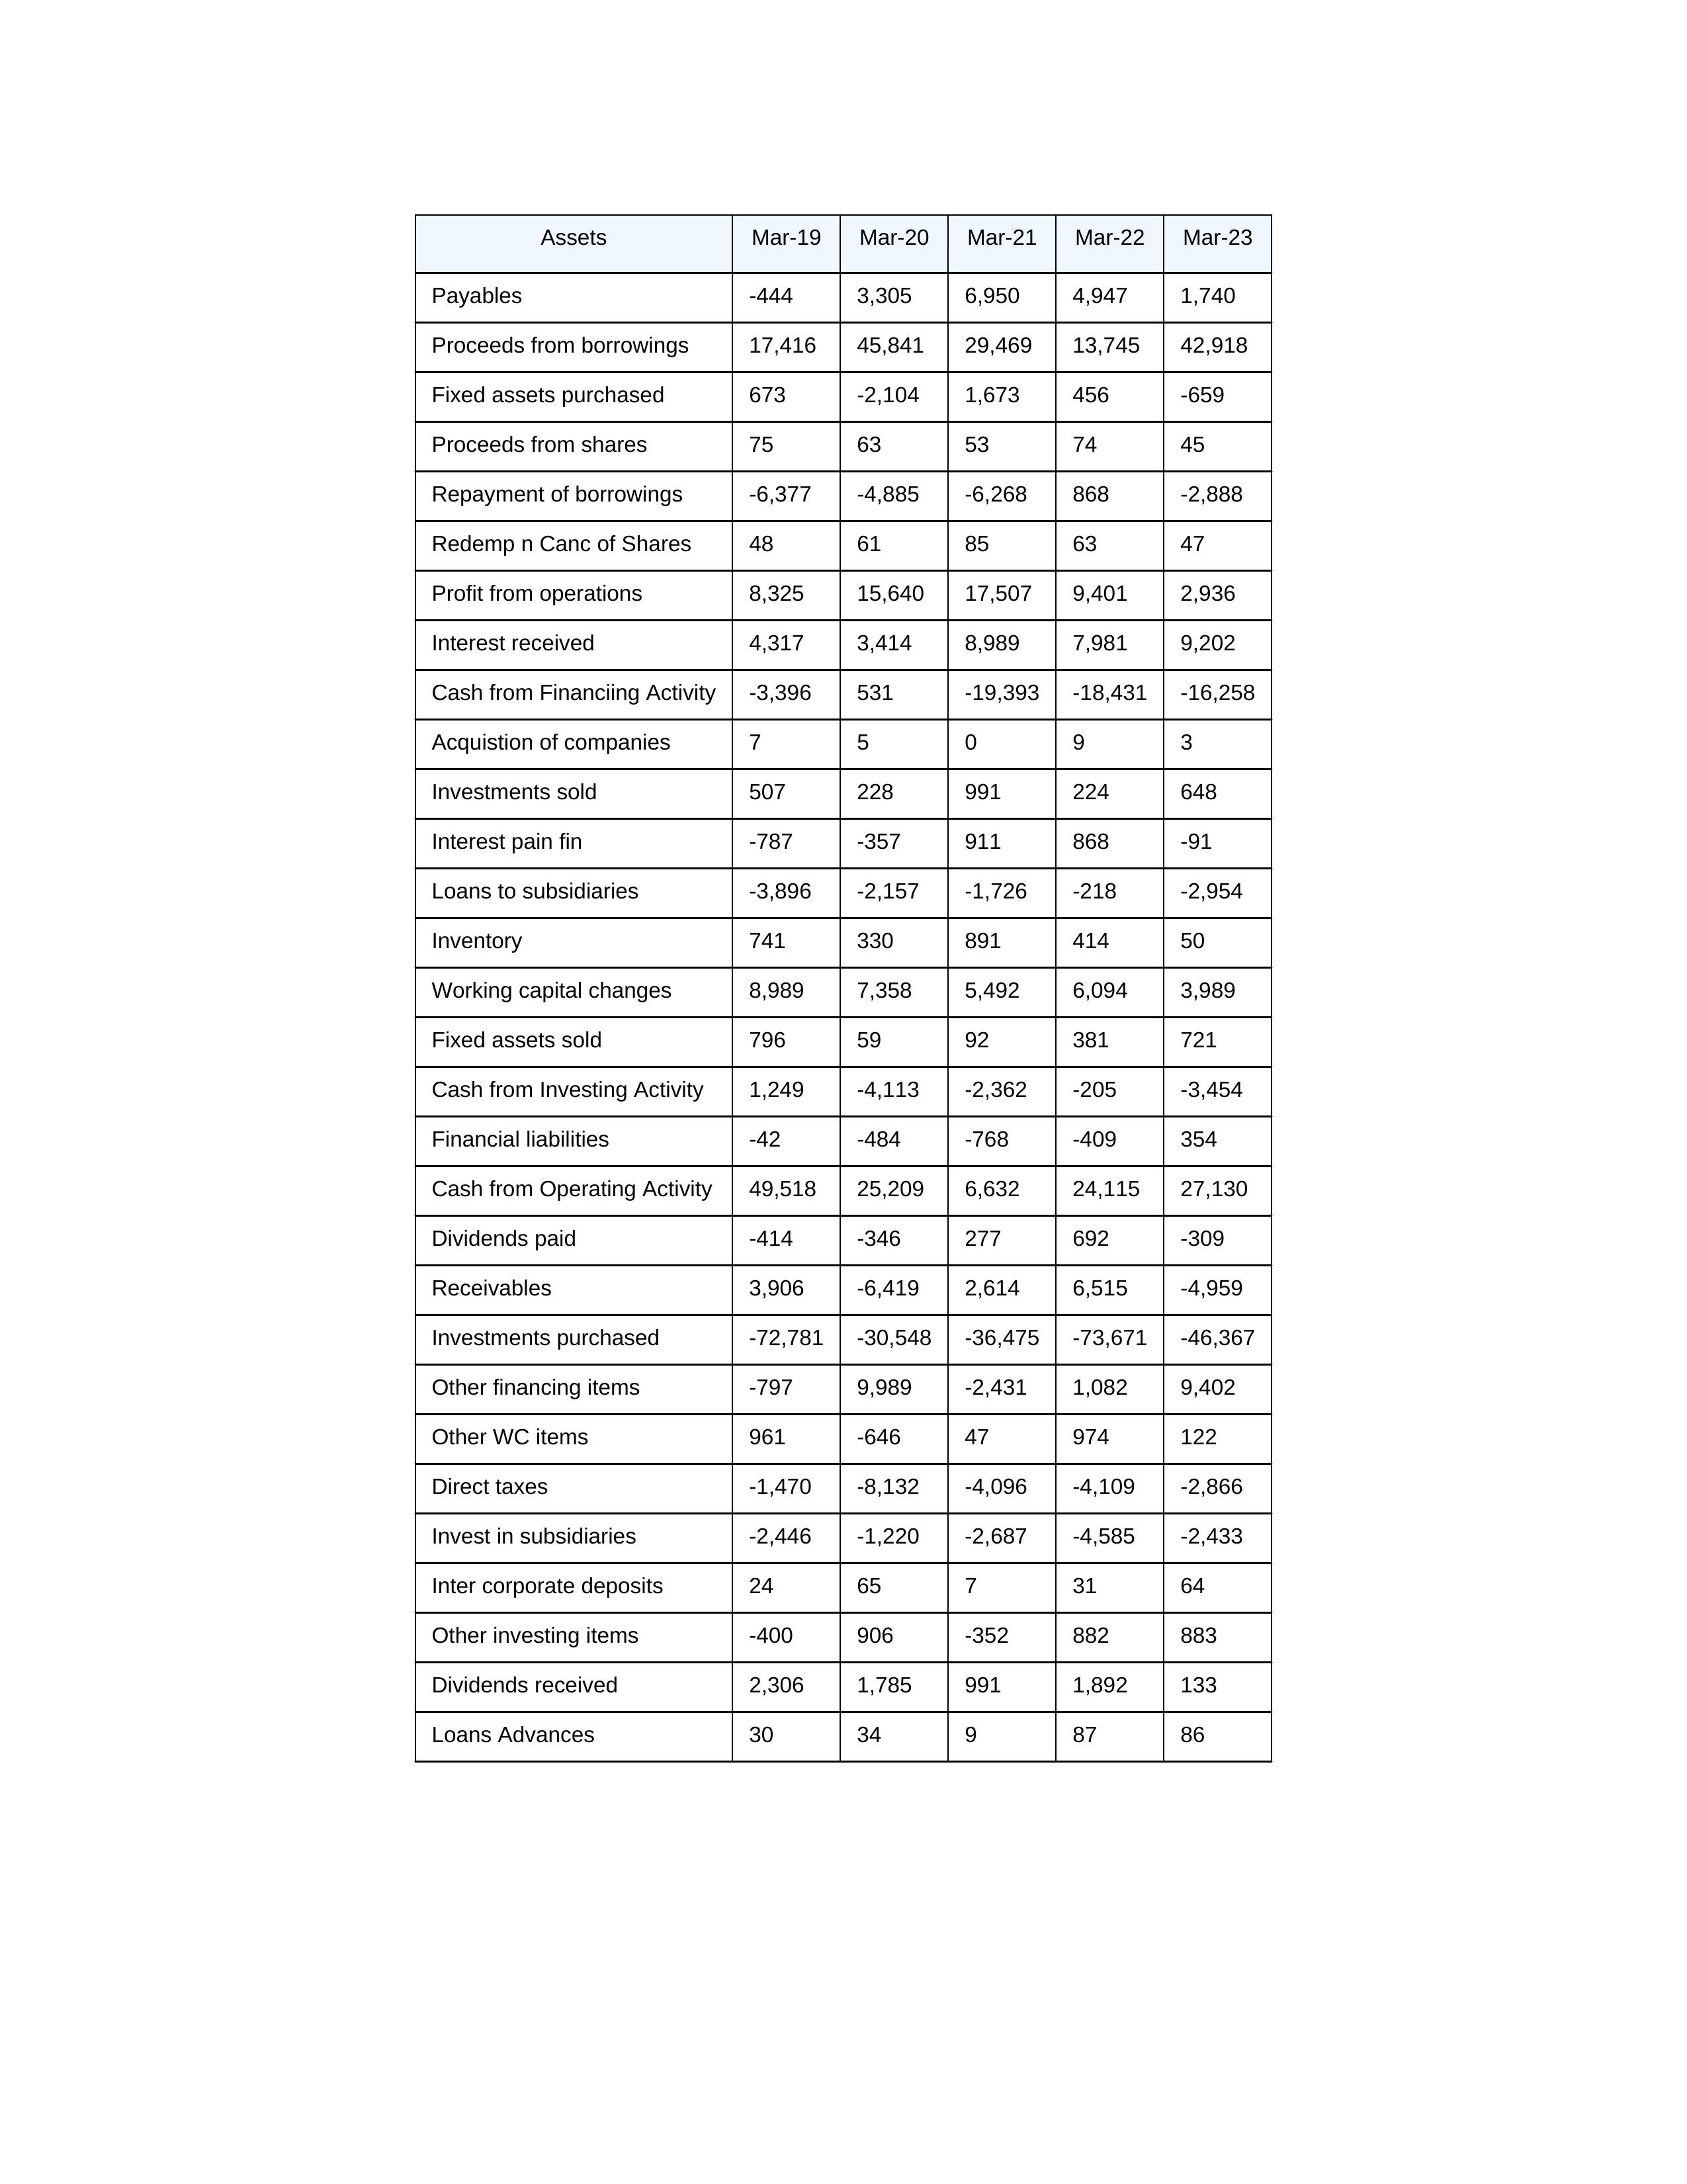
gt_parse: Mar-19: Cash from Operating Activity: 49,518
Profit from operations: 8,325
Receivables: 3,906
Inventory: 741
Payables: -444
Loans Advances: 30
Other WC items: 961
Working capital changes: 8,989
Direct taxes: -1,470
Cash from Investing Activity: 1,249
Fixed assets purchased: 673
Fixed assets sold: 796
Investments purchased: -72,781
Investments sold: 507
Interest received: 4,317
Dividends received: 2,306
Invest in subsidiaries: -2,446
Loans to subsidiaries: -3,896
Redemp n Canc of Shares: 48
Acquistion of companies: 7
Inter corporate deposits: 24
Other investing items: -400
Cash from Financiing Activity: -3,396
Proceeds from shares: 75
Proceeds from borrowings: 17,416
Repayment of borrowings: -6,377
Interest pain fin: -787
Dividends paid: -414
Financial liabilities: -42
Other financing items: -797
Mar-20: Cash from Operating Activity: 25,209
Profit from operations: 15,640
Receivables: -6,419
Inventory: 330
Payables: 3,305
Loans Advances: 34
Other WC items: -646
Working capital changes: 7,358
Direct taxes: -8,132
Cash from Investing Activity: -4,113
Fixed assets purchased: -2,104
Fixed assets sold: 59
Investments purchased: -30,548
Investments sold: 228
Interest received: 3,414
Dividends received: 1,785
Invest in subsidiaries: -1,220
Loans to subsidiaries: -2,157
Redemp n Canc of Shares: 61
Acquistion of companies: 5
Inter corporate deposits: 65
Other investing items: 906
Cash from Financiing Activity: 531
Proceeds from shares: 63
Proceeds from borrowings: 45,841
Repayment of borrowings: -4,885
Interest pain fin: -357
Dividends paid: -346
Financial liabilities: -484
Other financing items: 9,989
Mar-21: Cash from Operating Activity: 6,632
Profit from operations: 17,507
Receivables: 2,614
Inventory: 891
Payables: 6,950
Loans Advances: 9
Other WC items: 47
Working capital changes: 5,492
Direct taxes: -4,096
Cash from Investing Activity: -2,362
Fixed assets purchased: 1,673
Fixed assets sold: 92
Investments purchased: -36,475
Investments sold: 991
Interest received: 8,989
Dividends received: 991
Invest in subsidiaries: -2,687
Loans to subsidiaries: -1,726
Redemp n Canc of Shares: 85
Acquistion of companies: 0
Inter corporate deposits: 7
Other investing items: -352
Cash from Financiing Activity: -19,393
Proceeds from shares: 53
Proceeds from borrowings: 29,469
Repayment of borrowings: -6,268
Interest pain fin: 911
Dividends paid: 277
Financial liabilities: -768
Other financing items: -2,431
Mar-22: Cash from Operating Activity: 24,115
Profit from operations: 9,401
Receivables: 6,515
Inventory: 414
Payables: 4,947
Loans Advances: 87
Other WC items: 974
Working capital changes: 6,094
Direct taxes: -4,109
Cash from Investing Activity: -205
Fixed assets purchased: 456
Fixed assets sold: 381
Investments purchased: -73,671
Investments sold: 224
Interest received: 7,981
Dividends received: 1,892
Invest in subsidiaries: -4,585
Loans to subsidiaries: -218
Redemp n Canc of Shares: 63
Acquistion of companies: 9
Inter corporate deposits: 31
Other investing items: 882
Cash from Financiing Activity: -18,431
Proceeds from shares: 74
Proceeds from borrowings: 13,745
Repayment of borrowings: 868
Interest pain fin: 868
Dividends paid: 692
Financial liabilities: -409
Other financing items: 1,082
Mar-23: Cash from Operating Activity: 27,130
Profit from operations: 2,936
Receivables: -4,959
Inventory: 50
Payables: 1,740
Loans Advances: 86
Other WC items: 122
Working capital changes: 3,989
Direct taxes: -2,866
Cash from Investing Activity: -3,454
Fixed assets purchased: -659
Fixed assets sold: 721
Investments purchased: -46,367
Investments sold: 648
Interest received: 9,202
Dividends received: 133
Invest in subsidiaries: -2,433
Loans to subsidiaries: -2,954
Redemp n Canc of Shares: 47
Acquistion of companies: 3
Inter corporate deposits: 64
Other investing items: 883
Cash from Financiing Activity: -16,258
Proceeds from shares: 45
Proceeds from borrowings: 42,918
Repayment of borrowings: -2,888
Interest pain fin: -91
Dividends paid: -309
Financial liabilities: 354
Other financing items: 9,402